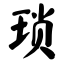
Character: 琐